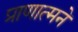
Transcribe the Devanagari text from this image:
प्राणात्मने